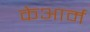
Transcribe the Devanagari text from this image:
केआर्म